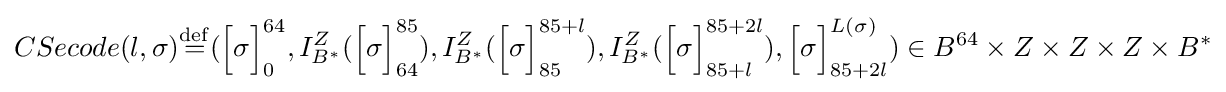
CSecode(l,\sigma ){\stackrel {\mathrm {def} }{=}}({\Bigl [}\sigma {\Bigr ]}_{0}^{64},I_{B^{\ast }}^{Z}({\Bigl [}\sigma {\Bigr ]}_{64}^{85}),I_{B^{\ast }}^{Z}({\Bigl [}\sigma {\Bigr ]}_{85}^{85+l}),I_{B^{\ast }}^{Z}({\Bigl [}\sigma {\Bigr ]}_{85+l}^{85+2l}),{\Bigl [}\sigma {\Bigr ]}_{85+2l}^{L(\sigma )})\in B^{64}\times Z\times Z\times Z\times B^{\ast }